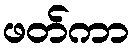
ဖတ်ကာ